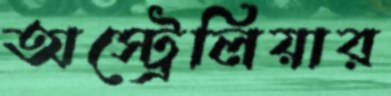
অস্ট্রেলিয়ার